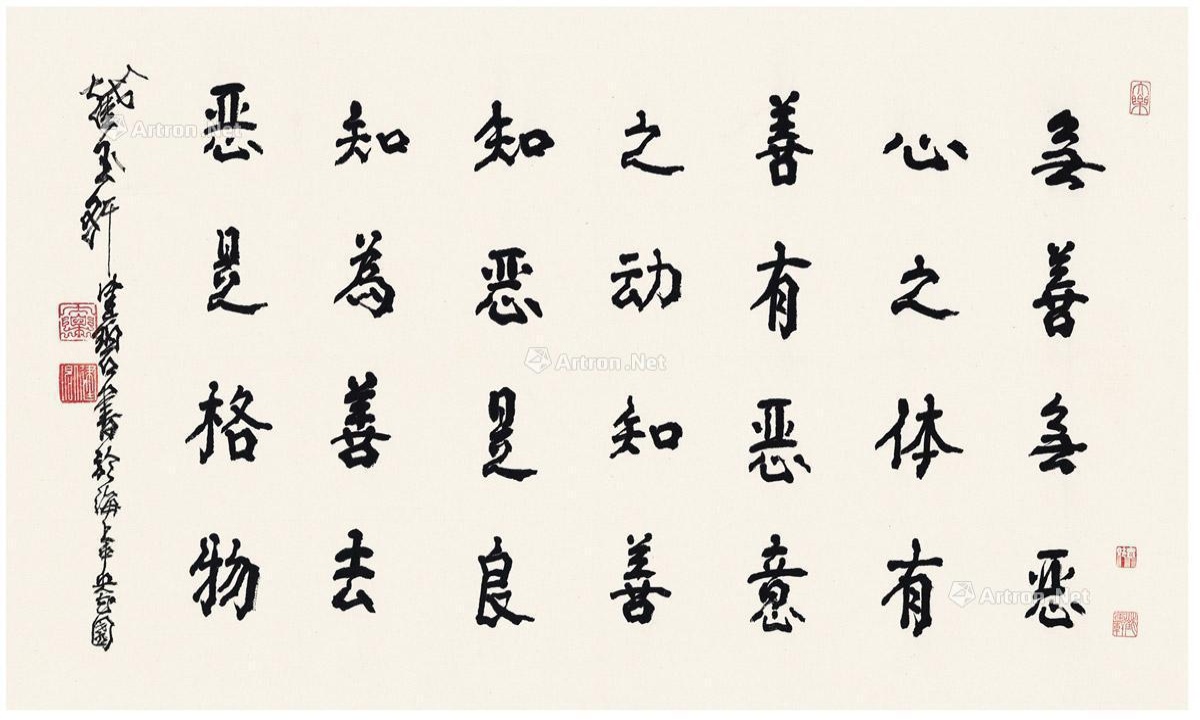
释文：无善无恶心之体，有善有恶意之动，知善知恶是良知，为善去恶是格物。截玉轩健碧书于海上中央花园。